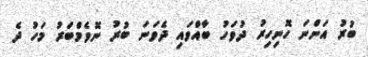
ބުރު އަންނަ ހޮނިހިރު ދުވަހު ބާއްވައި ދެވަނަ ބުރު ނޮވެމްބަރު މަހު ދެ